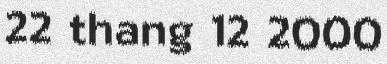
22 thang 12 2000